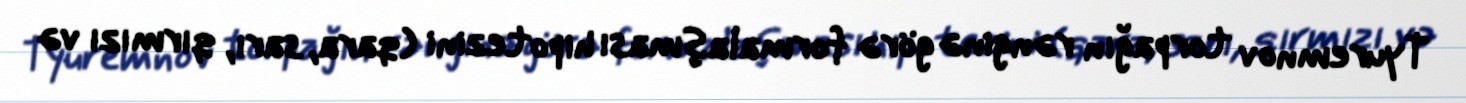
Tyuremnov torpağın rənginə görə formalaşması hipotezini (qara, sarı, qırmızı və